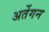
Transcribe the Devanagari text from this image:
अर्तेगन